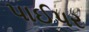
પાઈપર